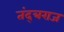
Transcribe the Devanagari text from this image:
तंद्त्रराज